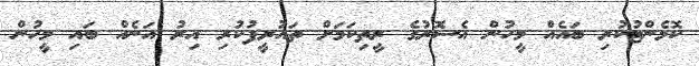
ކޮމެންޓުކުރި ބައެއް މީހުން އެސޮރުގެ ރީތިކަމަށް ތައުރީފުކުރި އިރު އަނެއް ބައި މީހުން